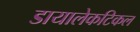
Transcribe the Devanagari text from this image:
डायालेकटिकल